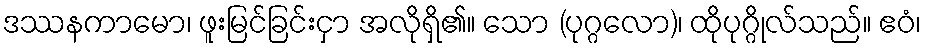
ဒဿနကာမော၊ ဖူးမြင်ခြင်းငှာ အလိုရှိ၏။ သော (ပုဂ္ဂလော)၊ ထိုပုဂ္ဂိုလ်သည်။ ဧဝံ၊